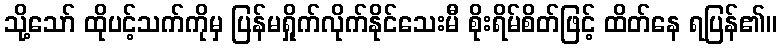
သို့သော် ထိုပင့်သက်ကိုမှ ပြန်မရှိုက်လိုက်နိုင်သေးမီ စိုးရိမ်စိတ်ဖြင့် ထိတ်နေ ရပြန်၏။